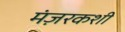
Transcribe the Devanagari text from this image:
मंज़रकशी